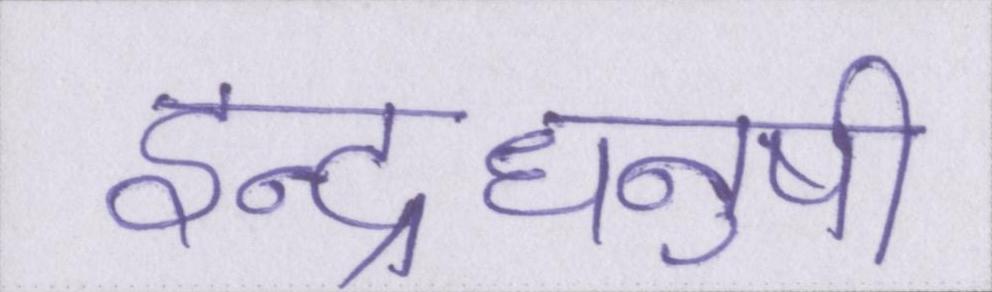
इन्द्रधनुषी